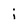
Character: i